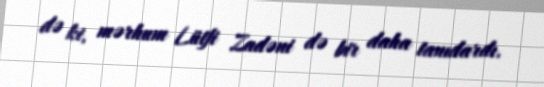
də ki, mərhum Lütfi Zadəni də bir daha tanıdardı.